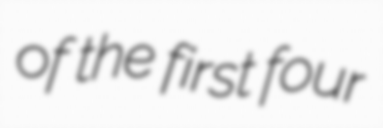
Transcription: of the first four